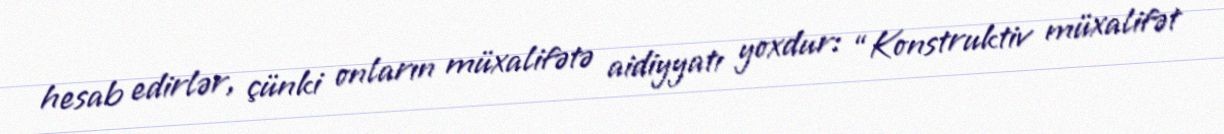
hesab edirlər, çünki onların müxalifətə aidiyyatı yoxdur: “Konstruktiv müxalifət